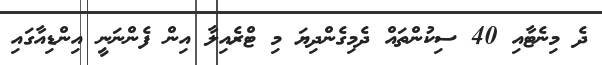
ދެ މިނެޓާއި 40 ސިކުންތައް ދެމިގެންދިޔަ މި ޓްރެއިލާ އިން ފެންނަނީ އިންޑިއާގައި